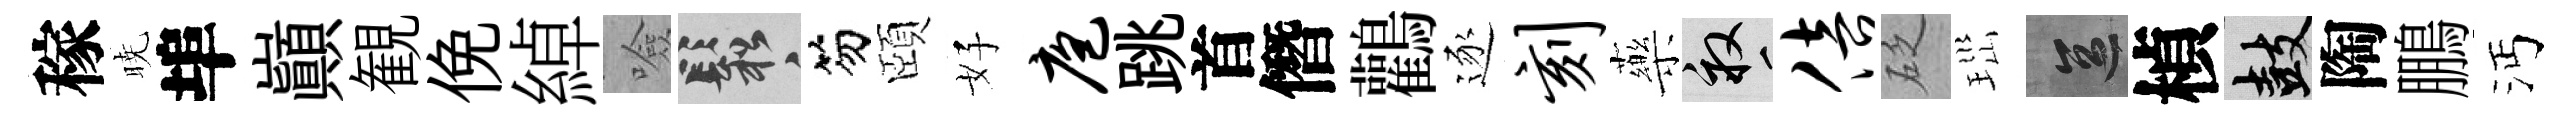
稼暁埠巔観俛綽噞鬆笏頤好庖跳首僭鸛逐刻藥畝倍砭𤤼區楨鼓陶鵬沔